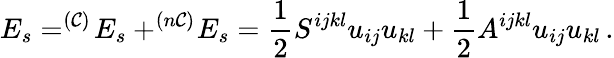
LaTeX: E_{s}=^{(\mathcal{C})}\! E_{s}+^{(n\mathcal{C})}\! E_{s}=\frac{1}{2}S^{ijkl}u_{ij}u_{kl}+\frac{1}{2}A^{ijkl}u_{ij}u_{kl}\, .